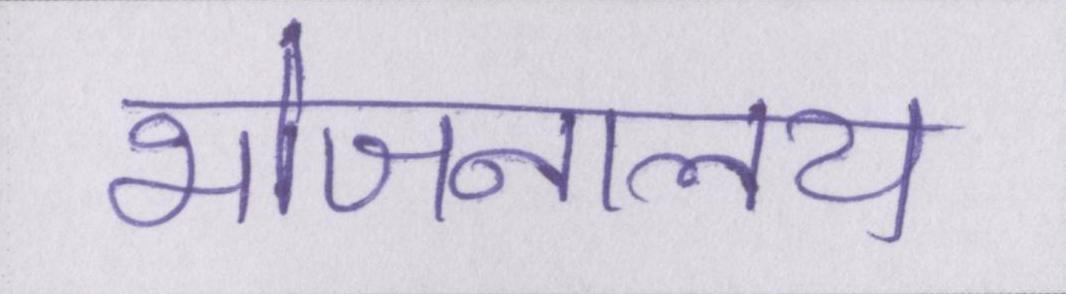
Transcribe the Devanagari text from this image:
भोजनालय